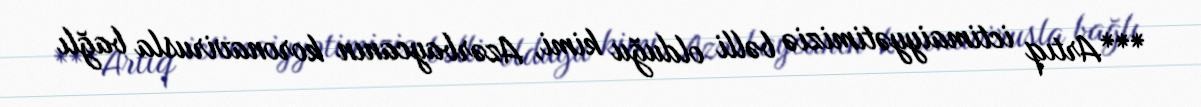
***Artıq ictimaiyyətimiziə bəlli olduğu kimi, Azərbaycanın koronavirusla bağlı